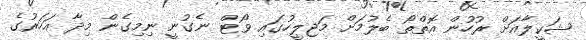
ޝަކީލާއަށް ރުހުން އޮތްތޯ ބެލުމަށް މަޖިލީހުގައި ވޯޓް ނެގުނީ ނިމިގެން މިދާ އަހަރުގެ